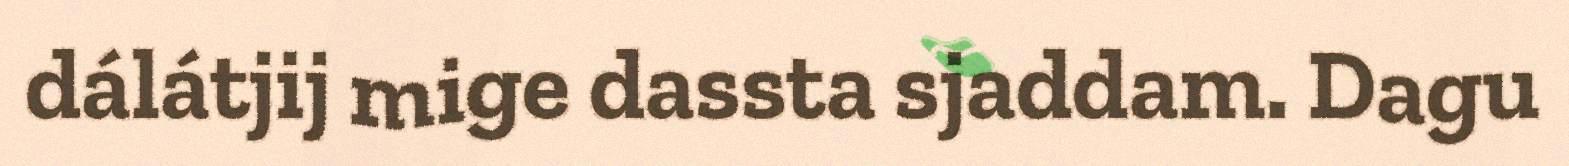
dálátjij mige dassta sjaddam. Dagu